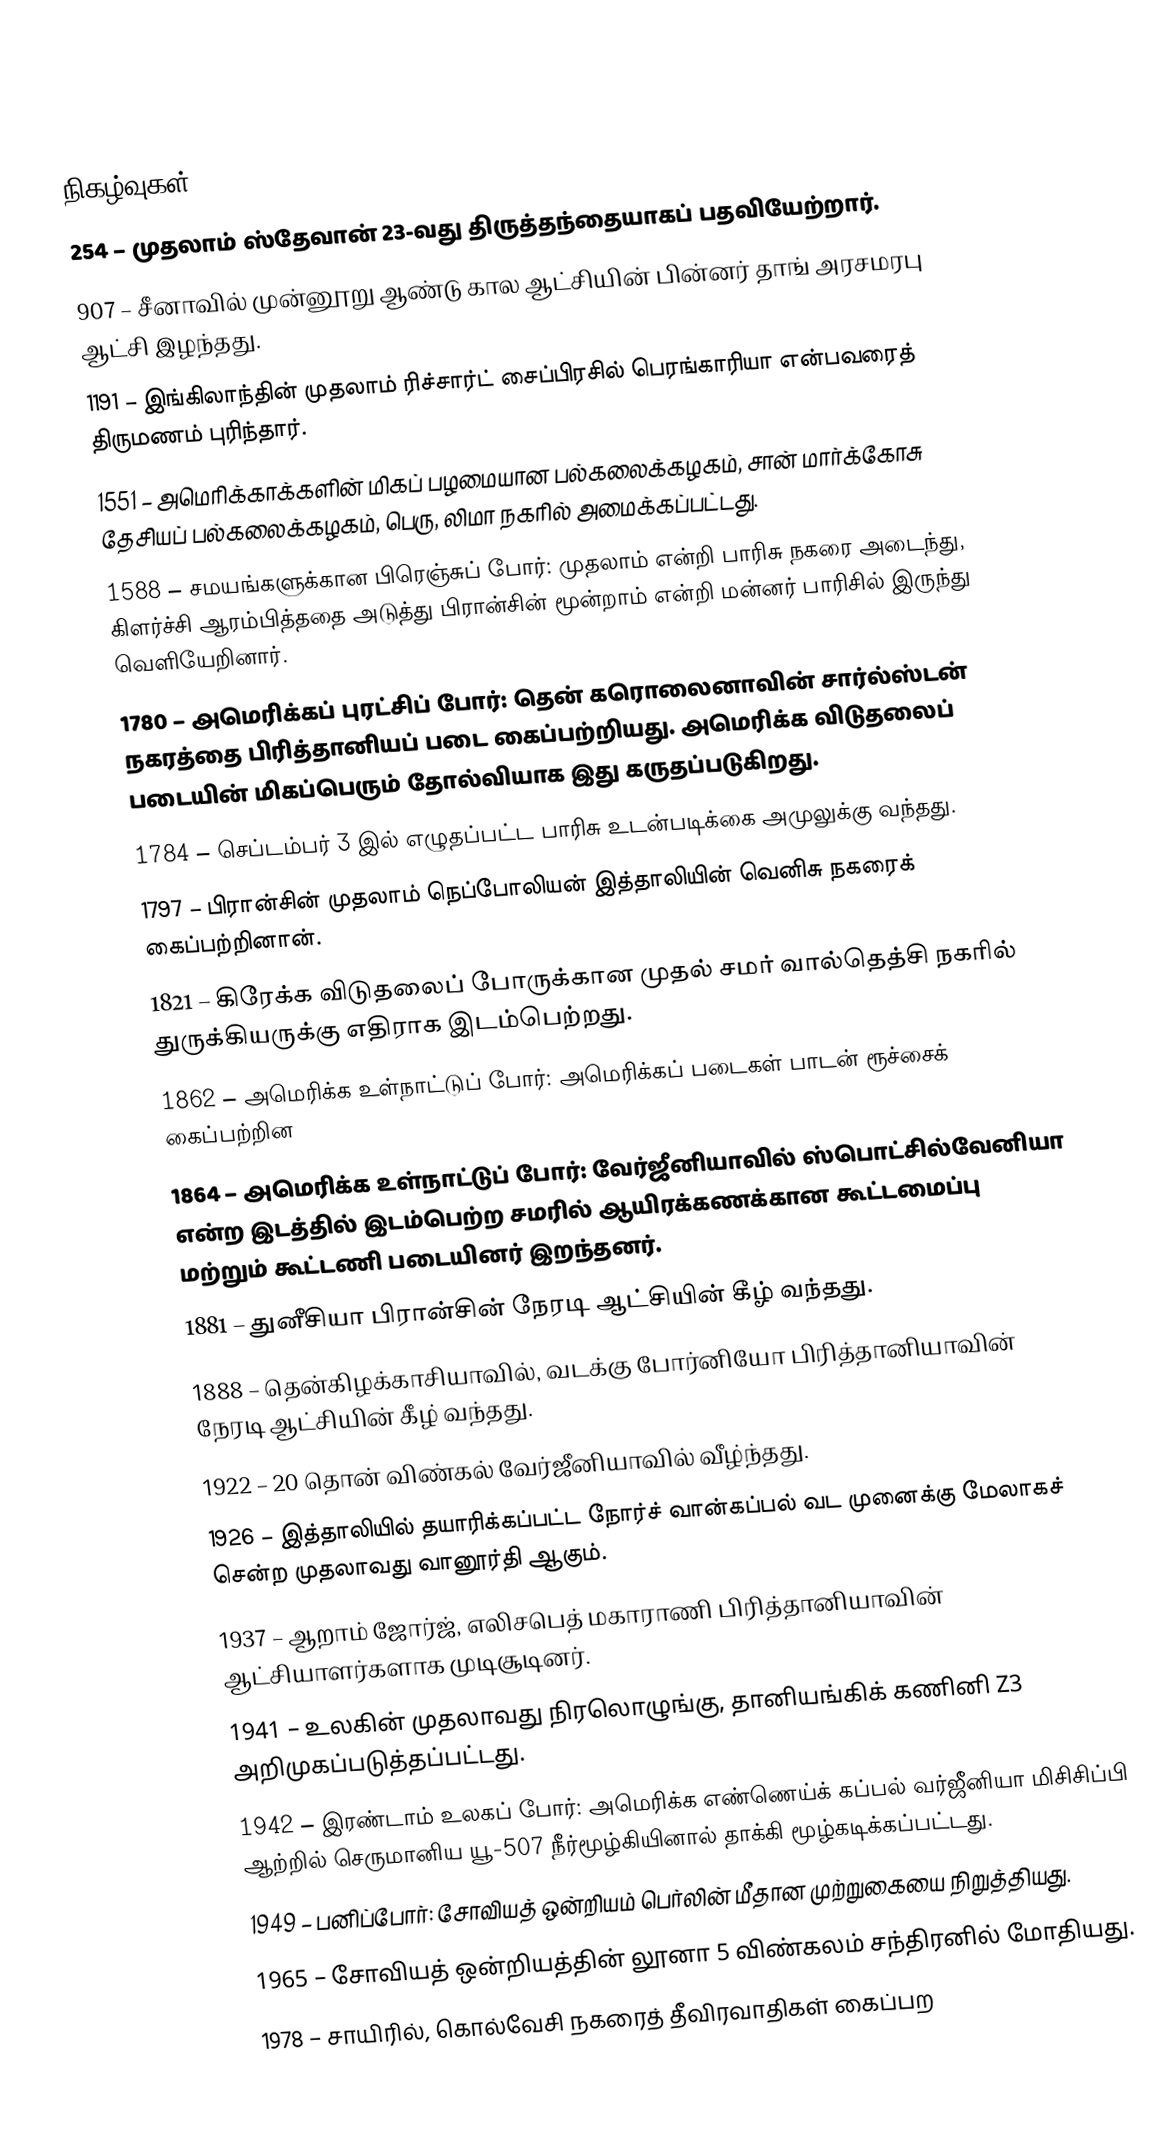

நிகழ்வுகள்
 254 – முதலாம் ஸ்தேவான் 23-வது திருத்தந்தையாகப் பதவியேற்றார்.
 907 – சீனாவில் முன்னூறு ஆண்டு கால ஆட்சியின் பின்னர் தாங் அரசமரபு ஆட்சி இழந்தது.
1191 – இங்கிலாந்தின் முதலாம் ரிச்சார்ட் சைப்பிரசில் பெரங்காரியா என்பவரைத் திருமணம் புரிந்தார்.
1551 – அமெரிக்காக்களின் மிகப் பழமையான பல்கலைக்கழகம், சான் மார்க்கோசு தேசியப் பல்கலைக்கழகம், பெரு, லிமா நகரில் அமைக்கப்பட்டது.
1588 – சமயங்களுக்கான பிரெஞ்சுப் போர்: முதலாம் என்றி பாரிசு நகரை அடைந்து, கிளர்ச்சி ஆரம்பித்ததை அடுத்து பிரான்சின் மூன்றாம் என்றி மன்னர் பாரிசில் இருந்து வெளியேறினார்.
1780 – அமெரிக்கப் புரட்சிப் போர்: தென் கரொலைனாவின் சார்ல்ஸ்டன் நகரத்தை பிரித்தானியப் படை கைப்பற்றியது. அமெரிக்க விடுதலைப் படையின் மிகப்பெரும் தோல்வியாக இது கருதப்படுகிறது.
1784 – செப்டம்பர் 3 இல் எழுதப்பட்ட பாரிசு உடன்படிக்கை அமுலுக்கு வந்தது.
1797 – பிரான்சின் முதலாம் நெப்போலியன் இத்தாலியின் வெனிசு நகரைக் கைப்பற்றினான்.
1821 – கிரேக்க விடுதலைப் போருக்கான முதல் சமர் வால்தெத்சி நகரில் துருக்கியருக்கு எதிராக இடம்பெற்றது.
1862 – அமெரிக்க உள்நாட்டுப் போர்: அமெரிக்கப் படைகள் பாடன் ரூச்சைக் கைப்பற்றின
1864 – அமெரிக்க உள்நாட்டுப் போர்: வேர்ஜீனியாவில் ஸ்பொட்சில்வேனியா என்ற இடத்தில் இடம்பெற்ற சமரில் ஆயிரக்கணக்கான கூட்டமைப்பு மற்றும் கூட்டணி படையினர் இறந்தனர்.
1881 – துனீசியா பிரான்சின் நேரடி ஆட்சியின் கீழ் வந்தது.
1888 – தென்கிழக்காசியாவில், வடக்கு போர்னியோ பிரித்தானியாவின் நேரடி ஆட்சியின் கீழ் வந்தது.
1922 – 20 தொன் விண்கல் வேர்ஜீனியாவில் வீழ்ந்தது.
1926 – இத்தாலியில் தயாரிக்கப்பட்ட நோர்ச் வான்கப்பல் வட முனைக்கு மேலாகச் சென்ற முதலாவது வானூர்தி ஆகும்.
1937 – ஆறாம் ஜோர்ஜ், எலிசபெத் மகாராணி பிரித்தானியாவின் ஆட்சியாளர்களாக முடிசூடினர்.
1941 – உலகின் முதலாவது நிரலொழுங்கு, தானியங்கிக் கணினி Z3 அறிமுகப்படுத்தப்பட்டது.
1942 – இரண்டாம் உலகப் போர்: அமெரிக்க எண்ணெய்க் கப்பல் வர்ஜீனியா மிசிசிப்பி ஆற்றில் செருமானிய யூ-507 நீர்மூழ்கியினால் தாக்கி மூழ்கடிக்கப்பட்டது.
1949 – பனிப்போர்: சோவியத் ஒன்றியம் பெர்லின் மீதான முற்றுகையை நிறுத்தியது.
1965 – சோவியத் ஒன்றியத்தின் லூனா 5 விண்கலம் சந்திரனில் மோதியது.
1978 – சாயிரில், கொல்வேசி நகரைத் தீவிரவாதிகள் கைப்பற